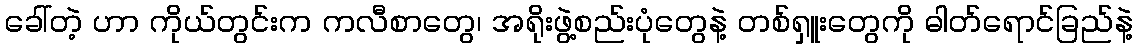
ခေါ်တဲ့ ဟာ ကိုယ်တွင်းက ကလီစာတွေ၊ အရိုးဖွဲ့စည်းပုံတွေနဲ့ တစ်ရှူးတွေကို ဓါတ်ရောင်ခြည်နဲ့